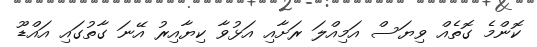
ކޮންމެ ގޮތެއް ވިޔަސް އަމިއްލަ ރަށާއި އަޅުވާ ކިޔާއިރު އޭނަ ގާތުގައި އައްޑޫ